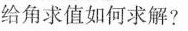
给角求值如何求解？